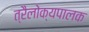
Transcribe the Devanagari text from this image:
त्रैलोक्यपालक